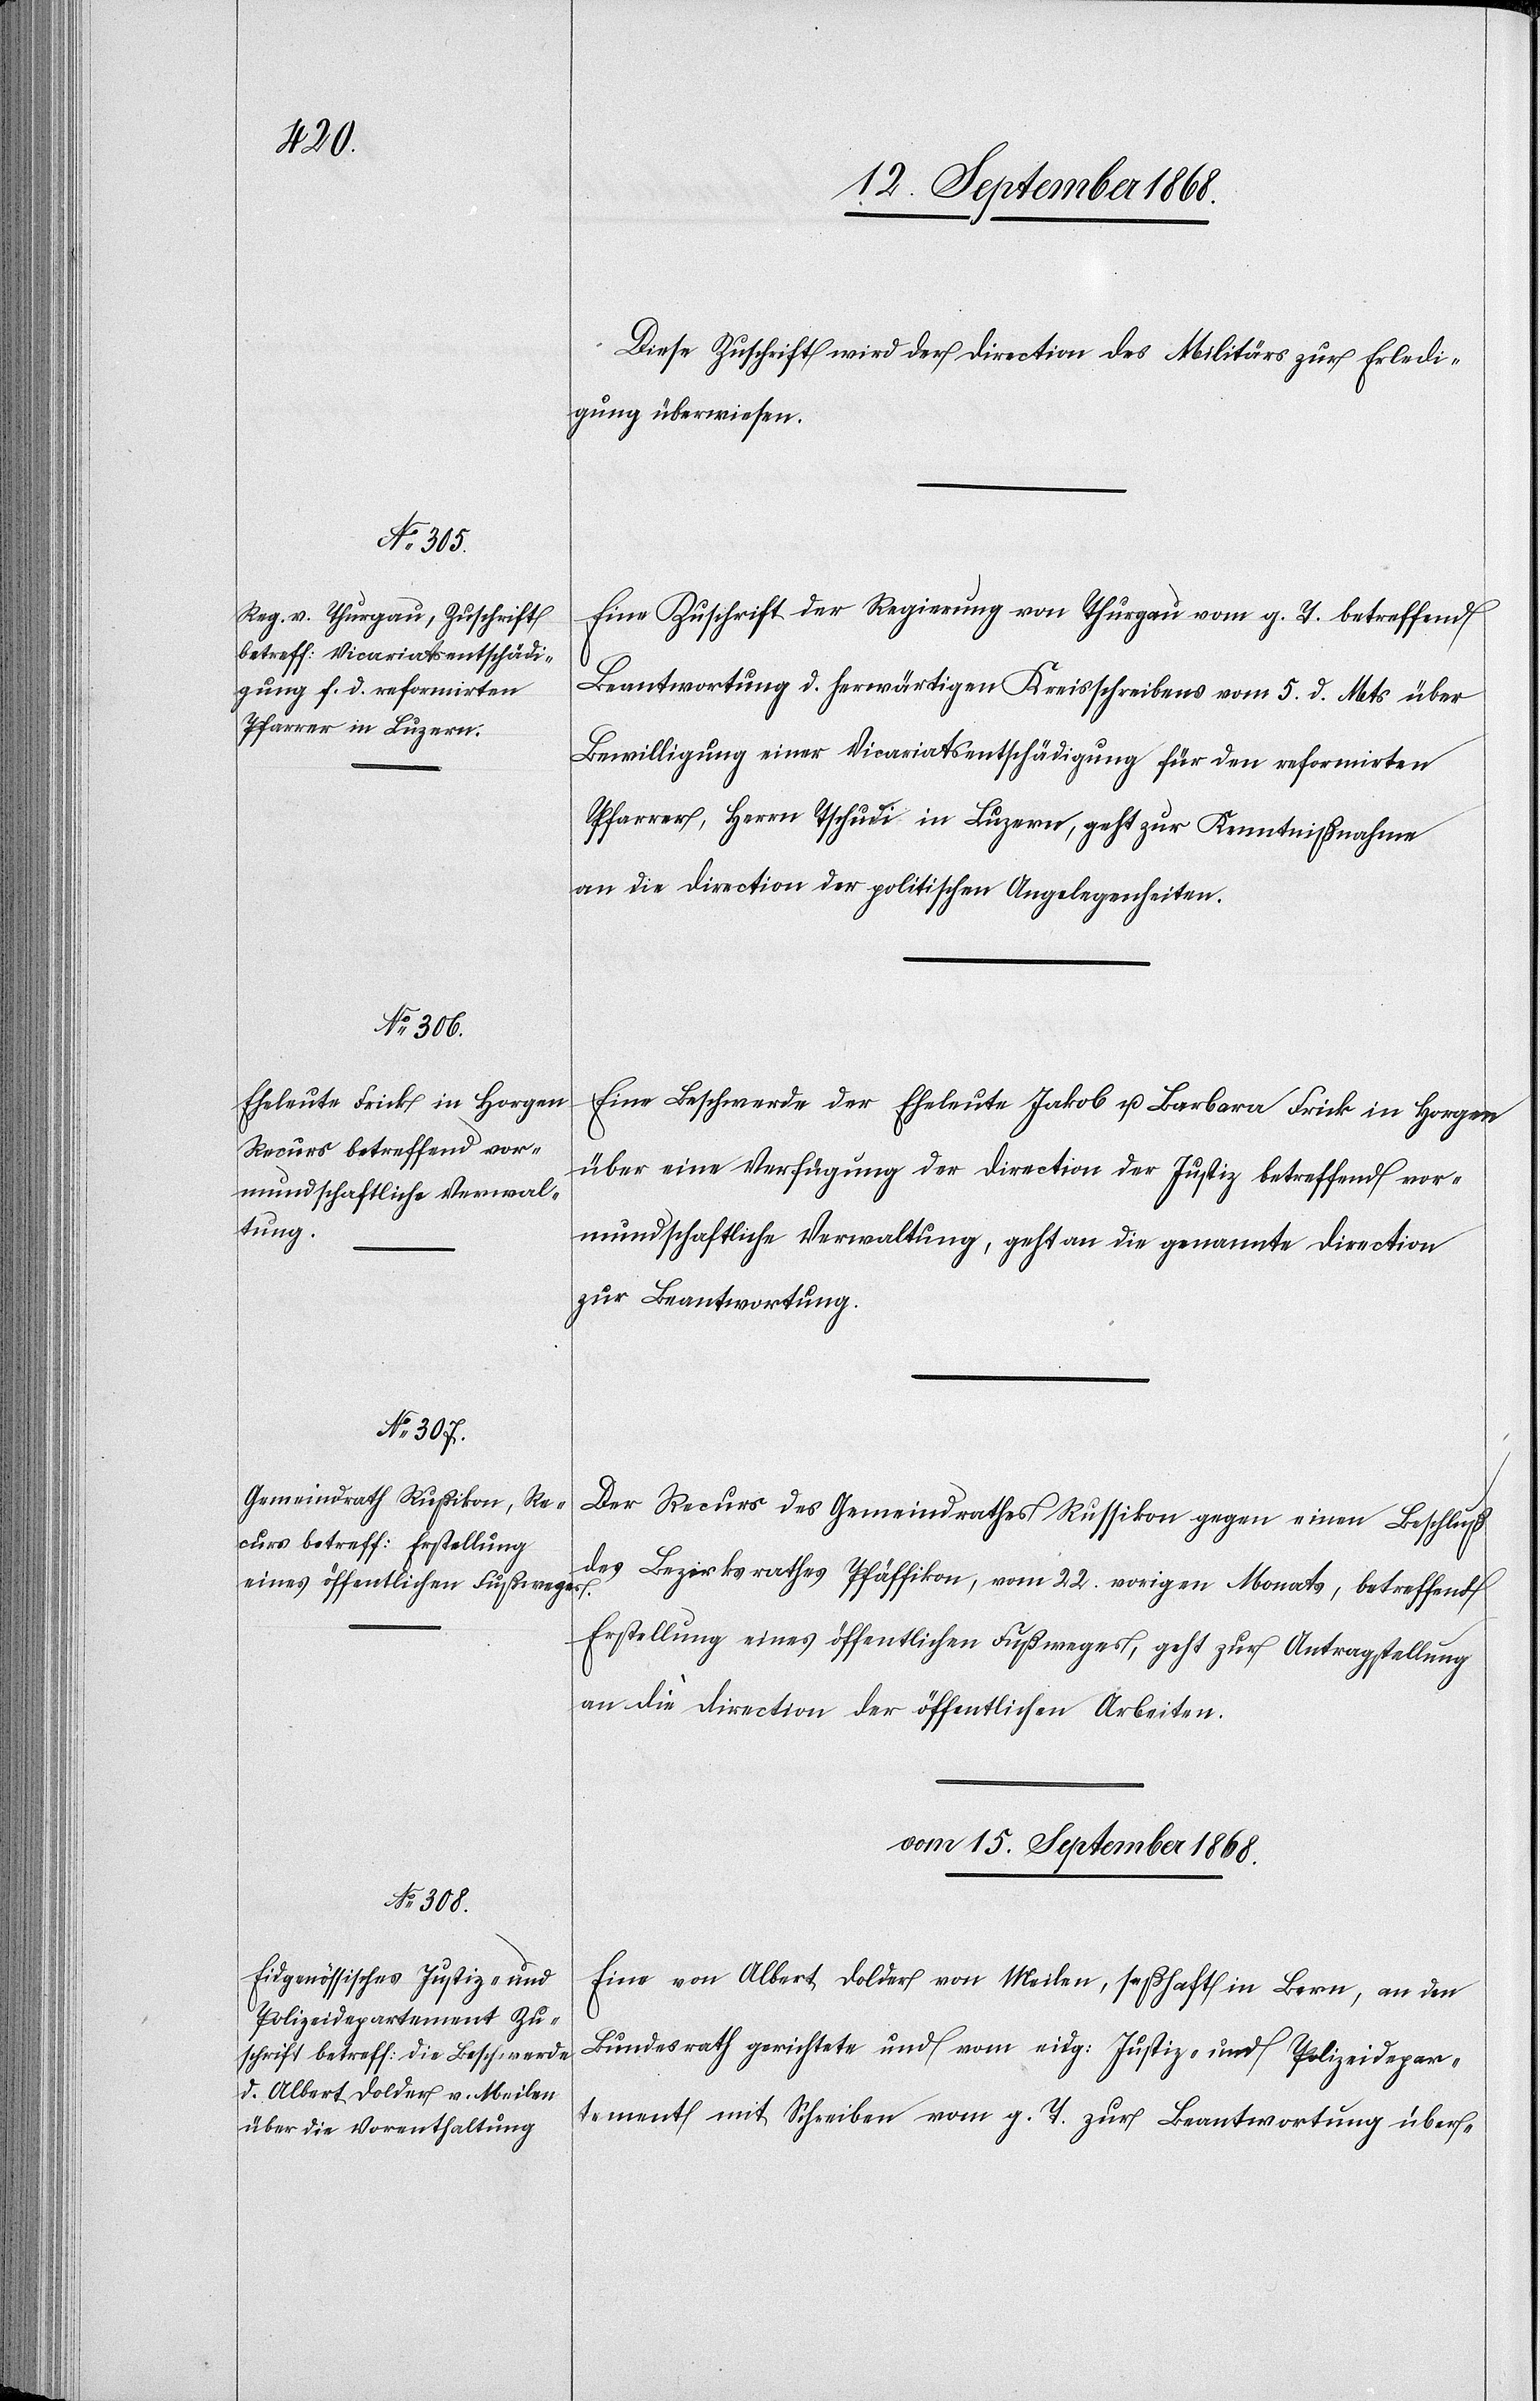
Diese Zuschrift wird der Direction des Militärs zur Erledi¬
gung überwiesen.
Eine Zuschrift der Regierung von Thurgau vom g. T. betreffend
Beantwortung d. herwärtigen Kreisschreibens vom 5. d. Mts über
Bewilligung einer Vicariatsentschädigung für den reformirten
Pfarrer, Herrn Tschudi in Luzern, geht zur Kenntnißnahme
an die Direction der politischen Angelegenheiten.
Eine Beschwerde der Eheleute Jakob u. Barbara Frick in Horgen
über eine Verfügung der Direction der Justiz betreffend vor¬
mundschaftliche Verwaltung, geht an die genannte Direction
zur Beantwortung.
Der Recurs des Gemeindrathes Russikon gegen einen Beschluß
des Bezirksrathes Pfäffikon, vom 22. vorigen Monats, betreffend
Erstellung eines öffentlichen Fußweges, geht zur Antragstellung
an die Direction der öffentlichen Arbeiten.
vom 15. September 1868.
Eine von Albert Dolder von Meilen, seßhaft in Bern, an den
Bundesrath gerichtete und vom eidg: Justiz- und Polizeidepar¬
tement mit Schreiben vom g. T. zur Beantwortung über-